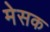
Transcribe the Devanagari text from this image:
मेसक